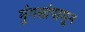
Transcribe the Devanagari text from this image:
मुंगसांपासून